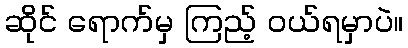
ဆိုင် ရောက်မှ ကြည့် ဝယ်ရမှာပဲ။